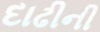
દાઢીની